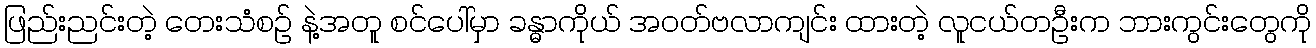
ဖြည်းညင်းတဲ့ တေးသံစဉ် နဲ့အတူ စင်ပေါ်မှာ ခန္ဓာကိုယ် အဝတ်ဗလာကျင်း ထားတဲ့ လူငယ်တဦးက ဘားကွင်းတွေကို